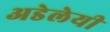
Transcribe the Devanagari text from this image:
अडेलेयी